Indian journal of veterinary science and animal husbandry - Volumes 26-27, 1956-1957
Year: 1956
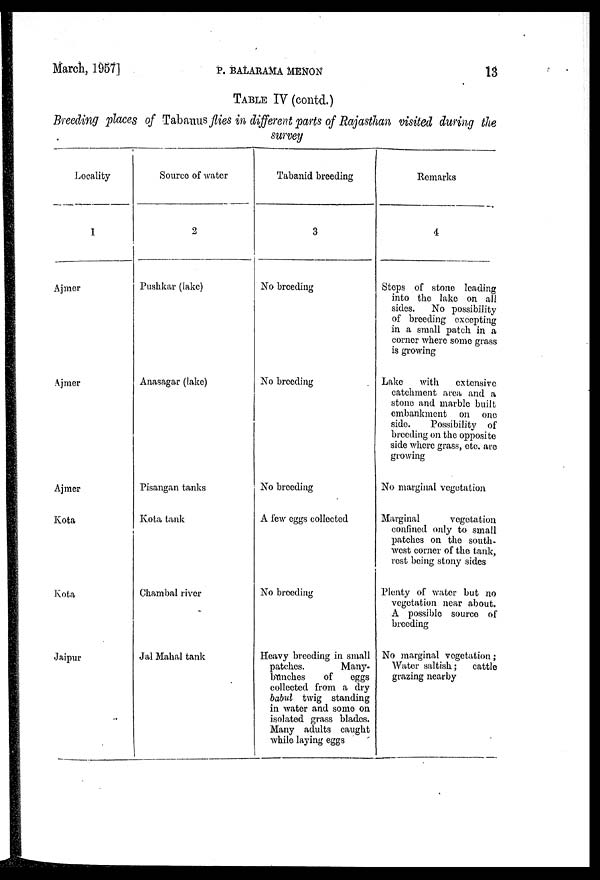
March, 1957]
P.
BALARAMA
MENON
13
TABLE IV (contd.)
Breeding places of Tabanus flies in different parts of Rajasthan visited during the
survey
Locality
1
Ajmer
Ajmer
Ajmer
Kota
Kota
Jaipur
Source of water
2
Puskkar (lake)
Anasagar (lake)
Pisangan tanks
Kota tank
Chambal river
Jal Mahal tank
Tabanid breeding
3
No breeding
No breeding
No breeding
A few eggs collected
No breeding
Heavy breeding in small
patches.
Many-
banches
of
eggs
collected from a dry
babul twig standing
in water and some on
isolated grass blades.
Many adults caught
while laying eggs
Remarks
4
Steps of stone leading
into the lake on all
sides.
No possibility
of breeding excepting
in a small patch in a
corner where some grass
is growing
Lake
with
extensive
catchment area and a
stone and marble built
embankment on one
side.
Possibility of
breeding on the opposite
side where grass, etc. are
growing
No marginal vegetation
Marginal
vegetation
confined only to small
patches on the south-
west corner of the tank,
rest being stony sides
Plenty of water but no
vegetation near about.
A possible source of
breeding
No marginal vegetation ;
Water saltish ;
cattle
grazing nearby